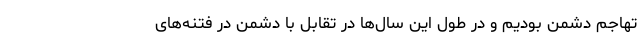
تهاجم دشمن بودیم و در طول این سال‌ها در تقابل با دشمن در فتنه‌های